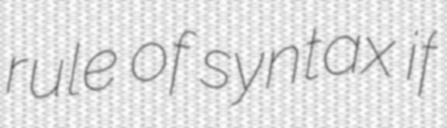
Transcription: rule of syntax if